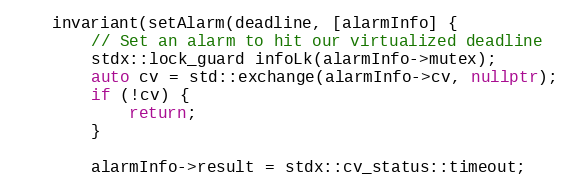
Language: C++
    invariant(setAlarm(deadline, [alarmInfo] {
        // Set an alarm to hit our virtualized deadline
        stdx::lock_guard infoLk(alarmInfo->mutex);
        auto cv = std::exchange(alarmInfo->cv, nullptr);
        if (!cv) {
            return;
        }

        alarmInfo->result = stdx::cv_status::timeout;